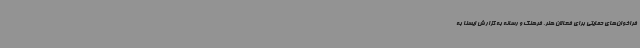
فراخوان‌های حمایتی برای فعالان هنر، فرهنگ و رسانه به گزارش ایسنا به